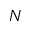
N